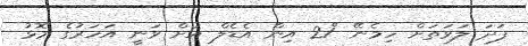
ފަދަ ލަވަތަށް ހިމެނޭ "21 އިން އެޑެލް އަށް ވަނީ އަހަރުގެ މޮޅު